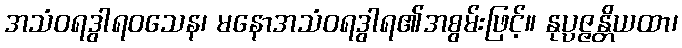
အသံဝရဒွါရဝသေန၊ မနောအသံဝရဒွါရ၏အစွမ်းဖြင့်။ နုပ္ပဇ္ဇန္တိယထာ၊